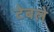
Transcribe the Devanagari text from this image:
टेबले